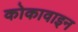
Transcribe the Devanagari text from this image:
कोकावाइन